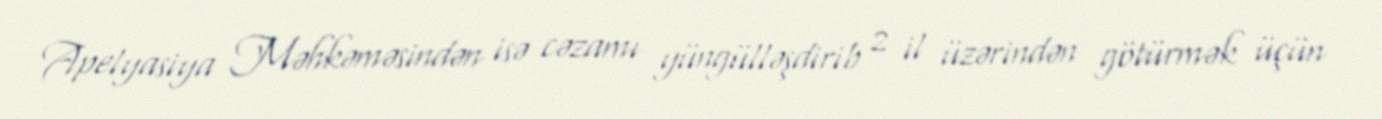
Apelyasiya Məhkəməsindən isə cəzamı yüngülləşdirib 2 il üzərindən götürmək üçün